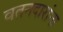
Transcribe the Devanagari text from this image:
वतनदारांना